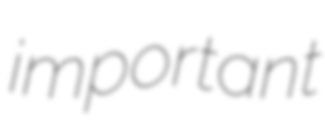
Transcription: important